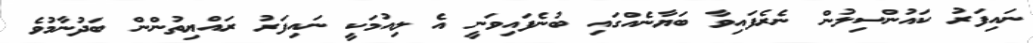
ނައިފަރު ކައުންސިލުން ނެރެފައިވާ ބަޔާނެއްގައި ބުނެފައިވަނީ އެ ލިއުމަކީ ނައިފަރު ރައްޔިތުންން ބަދުނާމުވެ